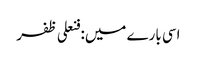
اسی بارے میں: فنعلی ظفر